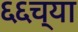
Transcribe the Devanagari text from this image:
६६च्या